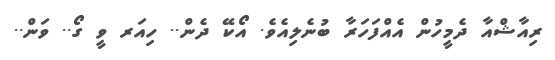
ރިއާޝްއާ ދެމީހުން އެއްފަހަރާ ބުނެލިއެވެ. އޯކޭ ދެން.. ހިއަރ ވީ ގޯ.. ވަން..